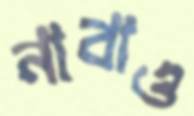
নাবাও